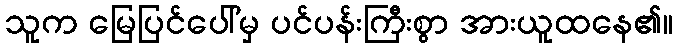
သူက မြေပြင်ပေါ်မှ ပင်ပန်းကြီးစွာ အားယူထနေ၏။